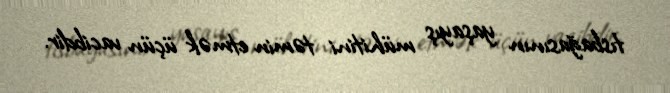
tısbağasının yaşayış mühitini təmin etmək üçün vacibdir.